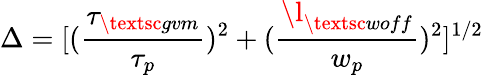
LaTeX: \Delta=[(\frac{\tau_{\textsc{gvm}}}{\tau_{p}})^{2}+(\frac{\l_{\textsc{woff}}}{w_{p}})^{2}]^{1/2}